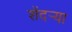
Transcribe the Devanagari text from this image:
शेंदर्‍या